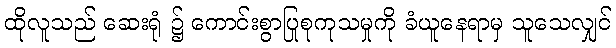
ထိုလူသည် ဆေးရုံ ၌ ကောင်းစွာပြုစုကုသမှုကို ခံယူနေရာမှ သူသေလျှင်